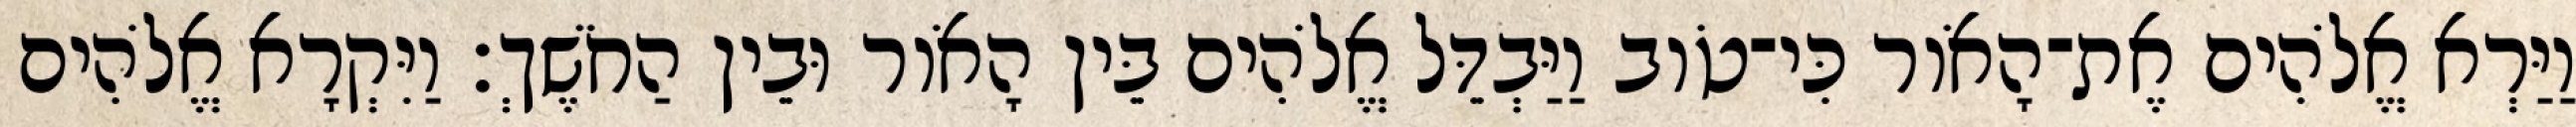
וַיַּרְא אֱלֹהִים אֶת־הָאֹור כִּי־טֹוב וַיַּבְדֵּל אֱלֹהִים בֵּין הָאֹור וּבֵין הַחֹשֶׁךְ׃ וַיִּקְרָא אֱלֹהִים